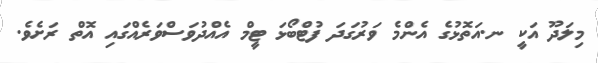
މިލަދޫ އަކީ ނ.އަތޮޅުގެ އެންމެ ވަރުގަދަ ފުޓްބޯޅަ ޓީމް އެއްދުވަސްވަރެއްގައި އޮތް ރަށެވެ.